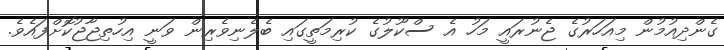
ގެންދިއުމުން މިއަހަރުގެ ޖެނުރައީ މަހު އެ ސްކޫލުގެ ކުރިމަތީގައި ބެލެނިވެރިން ވަނީ އިހުތިޖާޖުކޮށްފައެވެ.